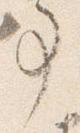
事